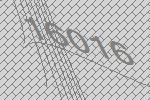
16016